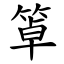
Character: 䈇